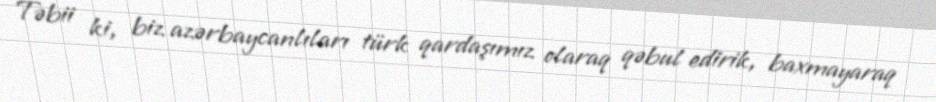
Təbii ki, biz azərbaycanlıları türk qardaşımız olaraq qəbul edirik, baxmayaraq